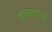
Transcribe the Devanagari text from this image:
सुसुप्तावस्था